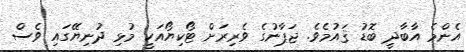
އެންމެ އާބާދީ ބޮޑު ޤައުމެވެ. ޖަޕާނުގެ ވެރިރަށް ޓޯކިޔޯއަކީ މުޅި ދުނިޔޭގައި ވެސް